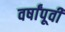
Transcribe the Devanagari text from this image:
वर्षांपूवी